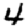
Digit: 4